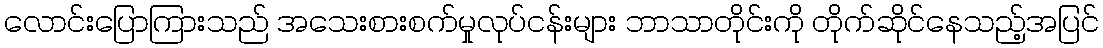
လောင်းပြောကြားသည် အသေးစားစက်မှုလုပ်ငန်းများ ဘာသာတိုင်းကို တိုက်ဆိုင်နေသည့်အပြင်